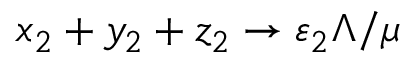
x _ { 2 } + y _ { 2 } + z _ { 2 } \to \varepsilon _ { 2 } \Lambda / \mu